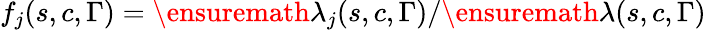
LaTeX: f_{j}(s,c,\Gamma)=\ensuremath{\lambda}_{j}(s,c,\Gamma)/\ensuremath{\lambda}(s,c,\Gamma)